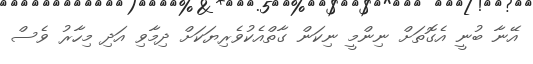
އޭނާ ބުނީ އެގޮތަށް ނިންމީ ނިކަން ގާތްއެކުވެރިޔަކަށް ދިމާވި އަދި މިހާރު ވެސް